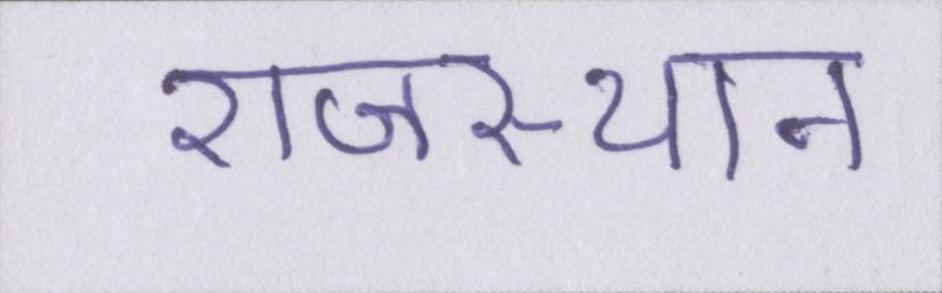
राजस्थान